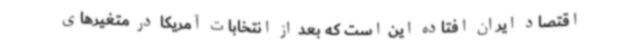
اقتصاد ایران افتاده این است که بعد از انتخابات آمریکا در متغیرهای